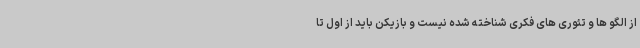
از الگو ها و تئوری های فکری شناخته شده نیست و بازیکن باید از اول تا